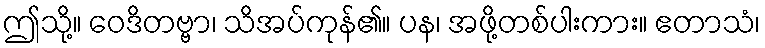
ဤသို့။ ဝေဒိတဗ္ဗာ၊ သိအပ်ကုန်၏။ ပန၊ အဖို့တစ်ပါးကား။ ဧတာသံ၊